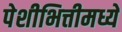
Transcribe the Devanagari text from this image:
पेशीभित्तीमध्ये